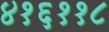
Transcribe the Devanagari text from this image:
४१६११८